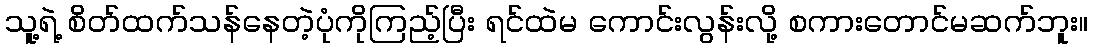
သူ့ရဲ့ စိတ်ထက်သန်နေတဲ့ပုံကိုကြည့်ပြီး ရင်ထဲမ ကောင်းလွန်းလို့ စကားတောင်မဆက်ဘူး။